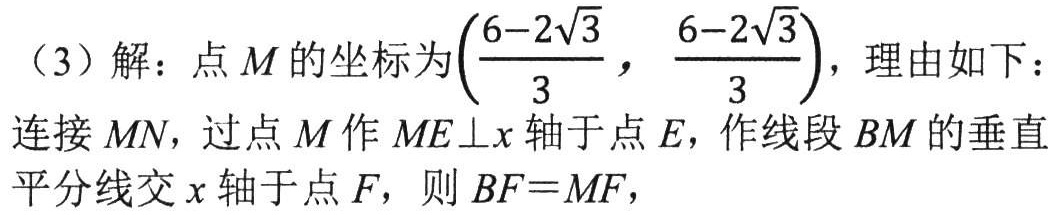
（3）解：点\(M\)的坐标为\(\left(\frac{6 - 2\sqrt{3}}{3},\frac{6 - 2\sqrt{3}}{3}\right)\)，理由如下：
连接\(MN\)，过点\(M\)作\(ME\perp x\)轴于点\(E\)，作线段\(BM\)的垂直
平分线交\(x\)轴于点\(F\)，则\(BF = MF\)，